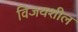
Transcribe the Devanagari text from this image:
विजयशील